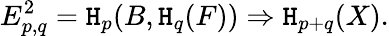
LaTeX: E_{p,q}^{2}=\mathtt{H}_{p}(B,\mathtt{H}_{q}(F))\Rightarrow\mathtt{H}_{p+q}(X).